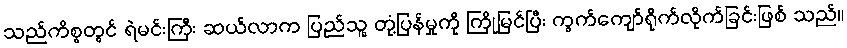
သည်ကိစ္စတွင် ရဲမင်းကြီး ဆယ်လာက ပြည်သူ့ တုံ့ပြန်မှုကို ကြိုမြင်ပြီး ကွက်ကျော်ရိုက်လိုက်ခြင်းဖြစ် သည်။